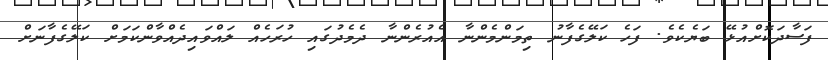
ފަސާދަކޮށްއުޅޭ ބަޔެކެވެ. ފަހެ ކަލޭގެފާނު ތިމަންމެންނާ އެއުރެންނާ ދެމެދުގައި ހުރަހެއް ލައްވައިދެއްވާންކަމަށް ކަލޭގެފާނަށް